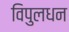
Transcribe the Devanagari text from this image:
विपुलधन